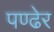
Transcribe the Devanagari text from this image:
पण्ढेर